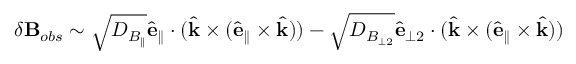
\delta \mathbf { B } _ { o b s } \sim \sqrt { D _ { B _ { \parallel } } } \hat { \mathbf { e } } _ { \parallel } \cdot ( \hat { \mathbf { k } } \times ( \hat { \mathbf { e } } _ { \parallel } \times \hat { \mathbf { k } } ) ) - \sqrt { D _ { B _ { \perp 2 } } } \hat { \mathbf { e } } _ { \perp 2 } \cdot ( \hat { \mathbf { k } } \times ( \hat { \mathbf { e } } _ { \parallel } \times \hat { \mathbf { k } } ) )